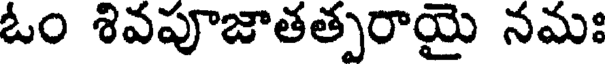
ఓం శివపూజాతత్పరాయై నమః